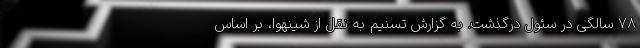
۷۸ سالگی در سئول درگذشت. به گزارش تسنیم به نقل از شینهوا،‌ بر اساس